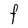
Character: F